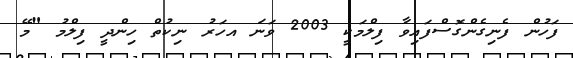
ފަހުން ފެނިގެންގޮސްފައިވާ ފިލްމަކީ 2003 ވަނަ އހަރު ނިކުތް ހިންދީ ފިލްމު "މޭ